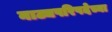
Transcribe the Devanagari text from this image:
नाट्यपरिषदेच्या